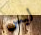
ليس